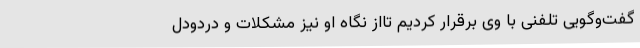
گفت‌وگویی تلفنی با وی برقرار کردیم تااز نگاه او نیز مشکلات و دردودل